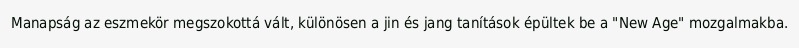
Manapság az eszmekör megszokottá vált, különösen a jin és jang tanítások épültek be a "New Age" mozgalmakba.